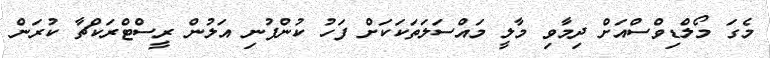
މެގަ މޯލްޑިވްސްއަށް ދިމާވި މާލީ މައްސަލަތަކަކަށް ފަހު ކުންފުނި އަލުން ރީސްޓްރަކްޗާ ކުރަން